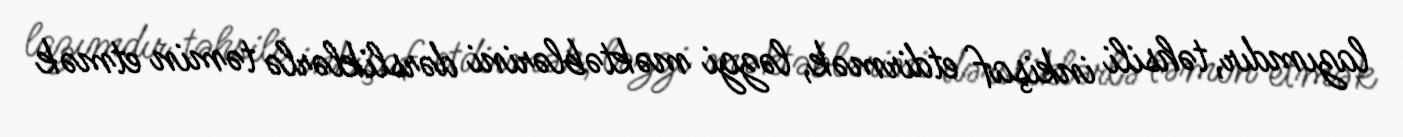
lazımdır, təhsili inkişaf etdirmək, ləzgi məktəblərini dərsliklərlə təmin etmək